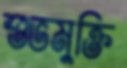
শুভমুক্তি